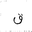
Letter: _qaf